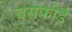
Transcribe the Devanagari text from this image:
बसफोर्ड